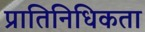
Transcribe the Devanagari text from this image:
प्रातिनिधिकता